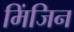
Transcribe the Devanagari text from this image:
मिंजिन